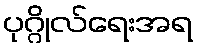
ပုဂ္ဂိုလ်ရေးအရ